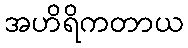
အဟိရိကတာယ